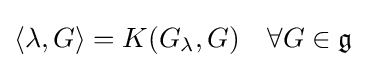
\langle \lambda ,G\rangle =K(G_{\lambda },G)\quad \forall G\in {\mathfrak {g}}